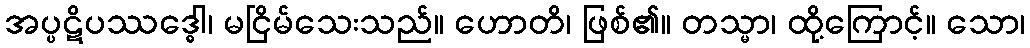
အပ္ပဋိပဿဒ္ဓေါ၊ မငြိမ်သေးသည်။ ဟောတိ၊ ဖြစ်၏။ တသ္မာ၊ ထို့ကြောင့်။ သော၊